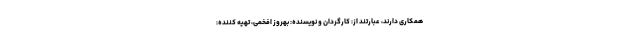
همکاری دارند، عبارتند از: کارگردان و نویسنده: بهروز افخمی، تهیه کننده: